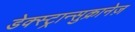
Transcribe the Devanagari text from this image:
डेक्स्ट्रान्सुक्रानेज़